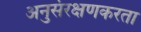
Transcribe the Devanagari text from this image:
अनुसंरक्षणकरता